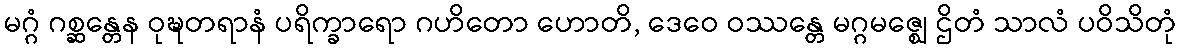
မဂ္ဂံ ဂစ္ဆန္တေန ဝုဍ္ဎတရာနံ ပရိက္ခာရော ဂဟိတော ဟောတိ, ဒေဝေ ဝဿန္တေ မဂ္ဂမဇ္ဈေ ဌိတံ သာလံ ပဝိသိတုံ